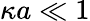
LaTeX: \kappa a\ll 1